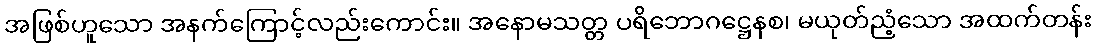
အဖြစ်ဟူသော အနက်ကြောင့်လည်းကောင်း။ အနောမသတ္တ ပရိဘောဂဋ္ဌေနစ၊ မယုတ်ညံ့သော အထက်တန်း